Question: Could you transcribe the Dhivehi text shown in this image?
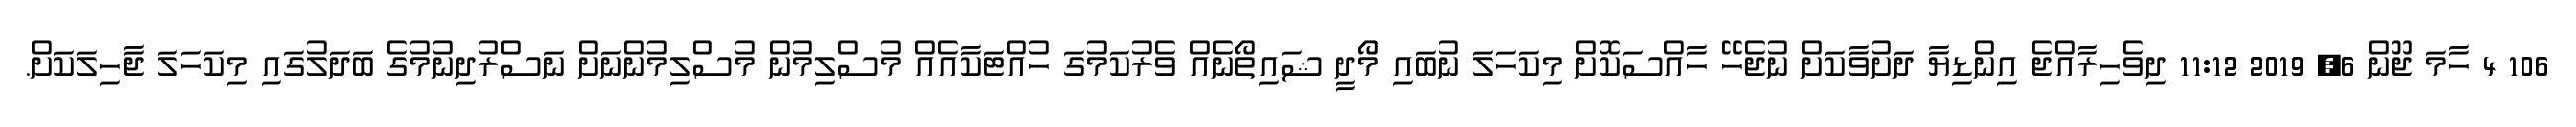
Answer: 106 4 ހާމަ ޖޫން 6, 2019 11:12 ދިވެހިރާއްޖެ އިންޑިޔާ ދަށުވާކަށް ނުޖެހޭ ހާއްސަކޮށް މިކަހަލަ ނުބައި މޯދީ ޝައިތޯނެއް ވެރުކަމުގަ ހުއްޓަކާއެއް މުސްލިމުން މުސްލިމުންނަށް ނަސްރުދިނުމުގެ ބަދަލުގައި މިކަހަލަ ޖާހިލަކަށް.